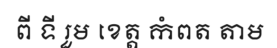
ពី ទី រួម ខេត្ត កំពត តាម